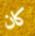
كان